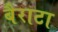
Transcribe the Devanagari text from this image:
बैराटा